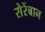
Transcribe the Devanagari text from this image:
सेरेंबान